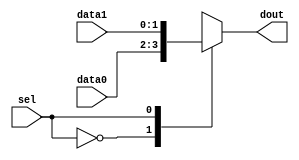
module MUX2TO1 (dout, sel, data0, data1);
parameter dwidth = 2;
   output [dwidth-1:0] dout;
   input 	       sel;
   input [dwidth-1:0]  data0;
   input [dwidth-1:0]  data1;
   
   wire [dwidth-1:0]   data0;
   wire [dwidth-1:0]   data1;
   wire 	       sel;
   reg [dwidth-1:0]    dout;

  always @ (sel or data0 or data1)
    begin:MUX2TO1
       case (sel) // synopsys parallel_case full_case 
	 1'b0: dout = data0;
	 1'b1: dout = data1;
       endcase
    end

   
endmodule